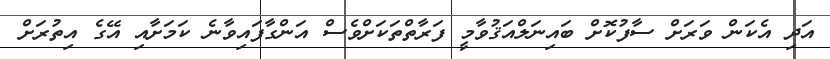
އަދި އެކަން ވަރަށް ސާފުކޮށް ބައިނަލްއަޤުވާމީ ފަރާތްތަކަށްވެސް އަންގާފައިވާނެ ކަމަށާއި އޭގެ އިތުރަށް